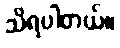
သိရပါတယ်။